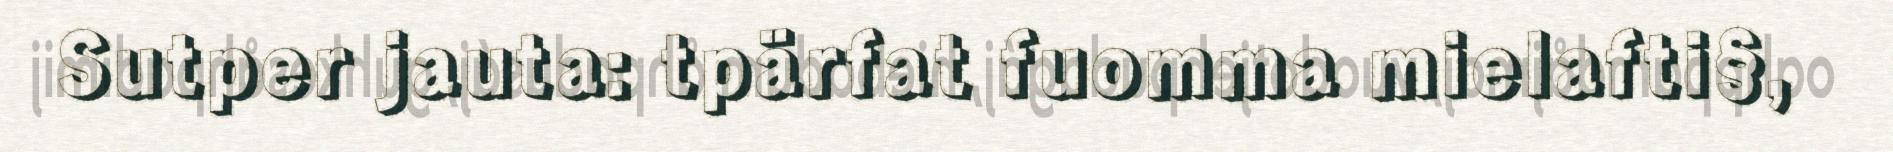
Sutper jauta: tpärfat fuomma mielafti§,